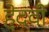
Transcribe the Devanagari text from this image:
हेदवी